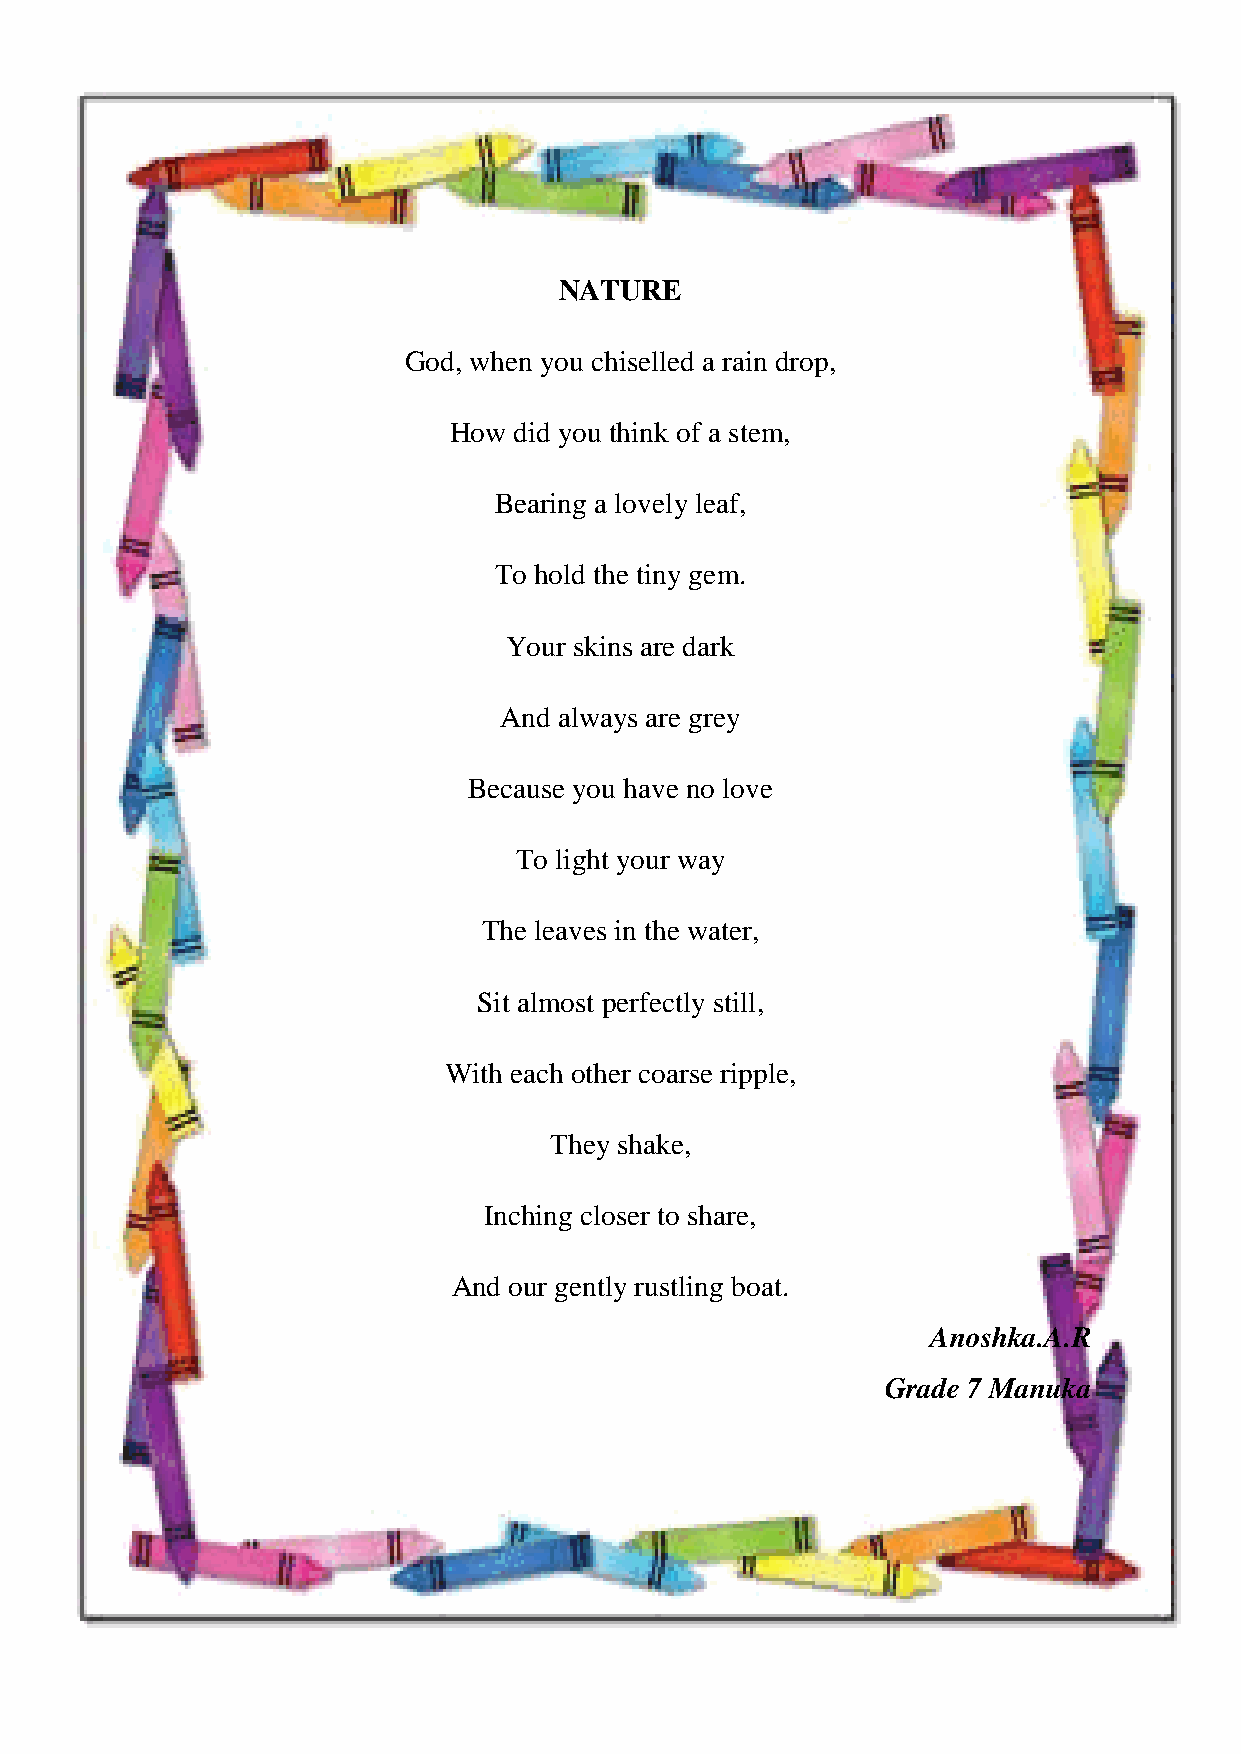
HONEY VIBES
 NATURE
 God, when you chiselled a rain drop,
 How did you think of a stem,
 Bearing a lovely leaf,
 To hold the tiny gem.
 Your skins are dark
 And always are grey
 Because you have no love
 To light your way
 The leaves in the water,
 Sit almost perfectly still,
 With each other coarse ripple,
 They shake,
 Inching closer to share,
 And our gently rustling boat.
 Anoshka.A.R
 Grade 7 Manuka
 53